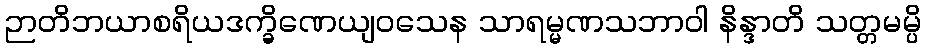
ဉာတိဘယာစရိယဒက္ခိဏေယျဝသေန သာရမ္မဏသဘာဝါ နိန္ဒာတိ သတ္တမမ္ပိ